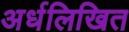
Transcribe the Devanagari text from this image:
अर्धलिखित